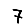
Digit: 7